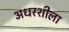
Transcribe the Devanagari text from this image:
अधरशीला